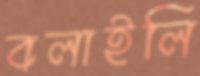
বলাইলি